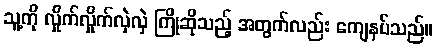
သူ့ကို လှိုက်လှိုက်လှဲလှဲ ကြိုဆိုသည့် အတွက်လည်း ကျေနပ်သည်။